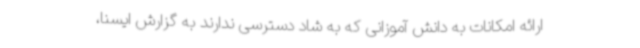
ارائه امکانات به دانش آموزانی که به شاد دسترسی ندارند به گزارش ایسنا،